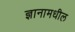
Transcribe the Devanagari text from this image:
ज्ञानामधील